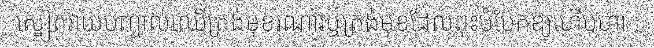
ស្នៀតវាយបញ្ចាល់ឈើត្រង់មុខរណារឬត្រង់មុខដែលពុះបំបែកឱ្យហើបហា :